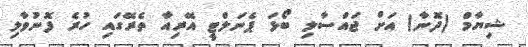
ޝިޔާމް (ދޮނާ) އަށް ޖައްސާލި ބޯޅަ ޕެނަލްޓީ އޭރިއާ ތެރޭގައި ހުރެ ފޮނުވާލި